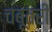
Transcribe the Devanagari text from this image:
चबूतरी